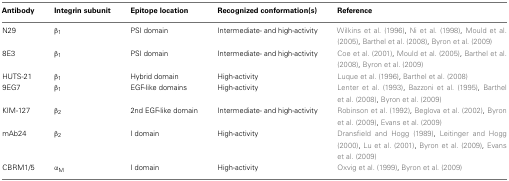
| Antibody | Integrin subunit | Epitope location | Recognized conformation(s) | Reference |
 | --- | --- | --- | --- | --- |
 | N29 | β1 | PSI domain | Intermediate- and high-activity | Wilkins et al. (1996), Ni et al. (1998), Mould et al. (2005), Barthel et al. (2008), Byron et al. (2009) |
 | 8E3 | β1 | PSI domain | Intermediate- and high-activity | Coe et al. (2001), Mould et al. (2005), Barthel et al. (2008), Byron et al. (2009) |
 | HUTS-21 | β1 | Hybrid domain | High-activity | Luque et al. (1996), Barthel et al. (2008) |
 | 9EG7 | β1 | EGF-like domains | High-activity | Lenter et al. (1993), Bazzoni et al. (1995), Barthel et al. (2008), Byron et al. (2009) |
 | KIM-127 | β2 | 2nd EGF-like domain | Intermediate- and high-activity | Robinson et al. (1992), Beglova et al. (2002), Byron et al. (2009), Evans et al. (2009) |
 | mAb24 | β2 | I domain | High-activity | Dransfield and Hogg (1989), Leitinger and Hogg (2000), Lu et al. (2001), Byron et al. (2009), Evans et al. (2009) |
 | CBRM1/5 | αM | I domain | High-activity | Oxvig et al. (1999), Byron et al. (2009) |